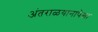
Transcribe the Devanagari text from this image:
अंतराळयानापेक्षा